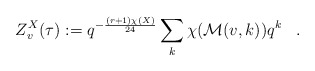
\begin{align*}Z^X_v(\tau):= q^{-{\frac{(r+1)\chi(X)}{24}}}\sum_k \chi({\cal M}(v,k))q^k\;\;\;.\end{align*}